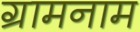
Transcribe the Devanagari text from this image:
ग्रामनाम